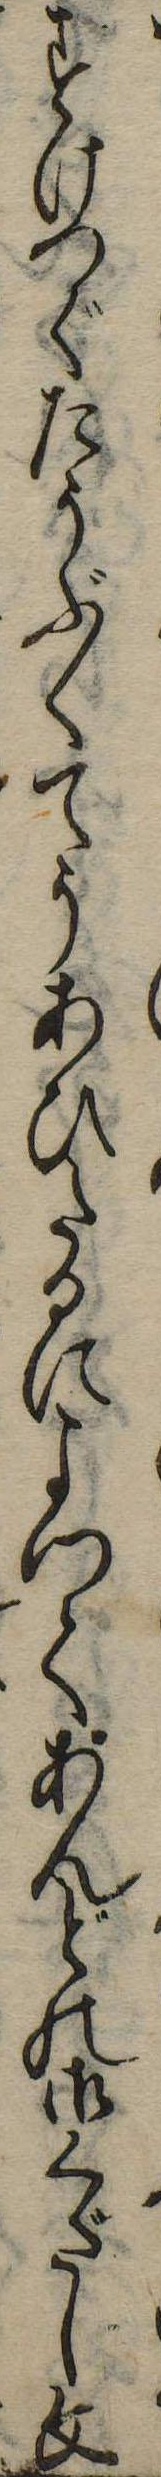
すけつぐたうぶくてうあひたるによつてあんどの御くだし文